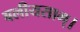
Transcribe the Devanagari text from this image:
बलीयसाम्।